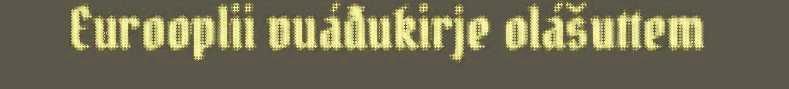
Eurooplii vuáđukirje olášuttem